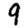
Digit: 9